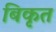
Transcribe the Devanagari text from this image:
बिकृत